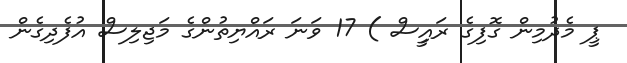
ޕީ މެދުމިން ގޮފިގެ ރައީިސް ) 17 ވަނަ ރައްޔިތުންގެ މަޖިލިސް އުފެދިގެން